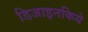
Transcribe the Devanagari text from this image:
डिजाइनकिये